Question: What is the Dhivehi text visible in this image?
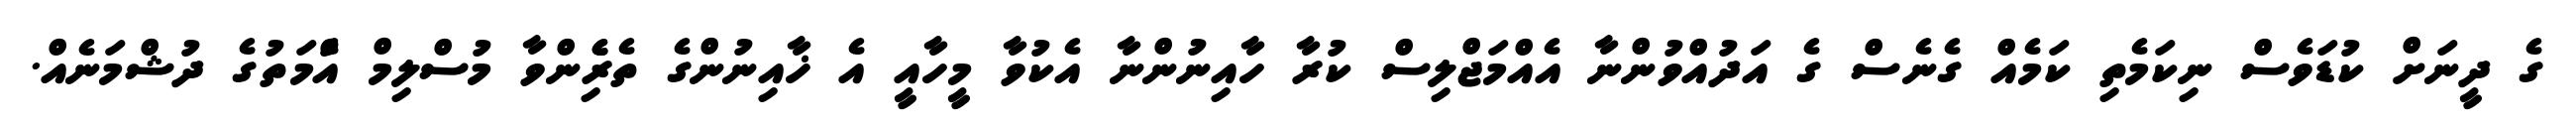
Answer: ގެ ދީނަށް ކުޑަވެސް ނިކަމެތި ކަމެއް ގެނެސް ގެ އަދުއްވުންނާ އެއްމަޖްލިސް ކުރާ ހާއިނުންނާ އެކުވާ މީހާއީ އެ ޚާއިނުންގެ ތެރެެިންވާ މުސްލިމް އުެްމަތުގެ ދުޝްމަނެއް.